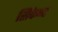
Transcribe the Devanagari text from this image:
सिकेन्ट